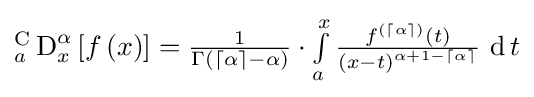
{\textstyle {_{a}^{\text{C}}\operatorname {D} _{x}^{\alpha }}\left[f\left(x\right)\right]={\frac {1}{\Gamma \left(\left\lceil \alpha \right\rceil -\alpha \right)}}\cdot \int \limits _{a}^{x}{\frac {f^{\left(\left\lceil \alpha \right\rceil \right)}\left(t\right)}{\left(x-t\right)^{\alpha +1-\left\lceil \alpha \right\rceil }}}\,\operatorname {d} t}